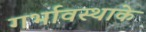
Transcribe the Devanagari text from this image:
गर्भावस्थाके